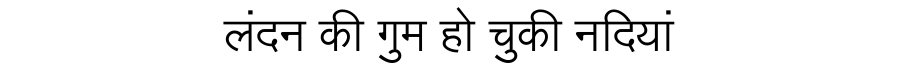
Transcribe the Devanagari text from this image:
लंदन की गुम हो चुकी नदियां